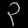
Digit: ၃